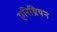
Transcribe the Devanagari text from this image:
एरिथ्रियन